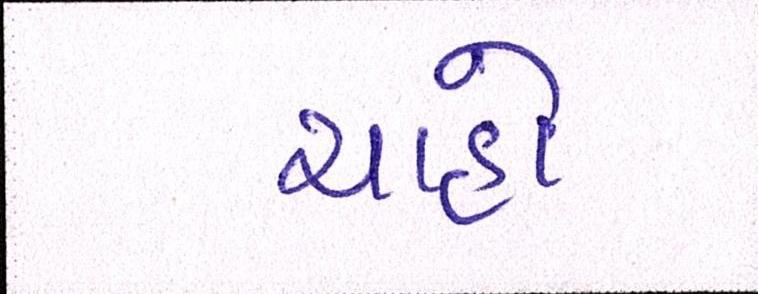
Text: ચાહો